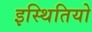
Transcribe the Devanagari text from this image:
इस्थितियो